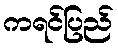
ကရင်ပြည်